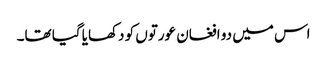
اس میں دو افغان عورتوں کو دکھایا گیا تھا۔